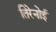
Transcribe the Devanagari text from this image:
तिरेनोई